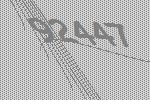
92447